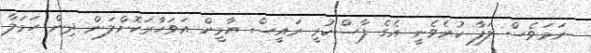
ނަމަވެސް ލަފާ ކުރެވެނީ އެގެ ފާސްކުރީ ރައީސް ޔާމީން އަވަހާރަކޮށްލަން ދިން ހަމަލާ